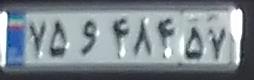
۷۵و۴۸۴۵۷